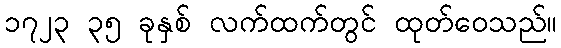
၁၇၂၃ ၃၅ ခုနှစ် လက်ထက်တွင် ထုတ်ဝေသည်။